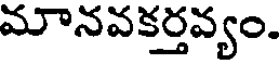
మానవకర్తవ్యం.